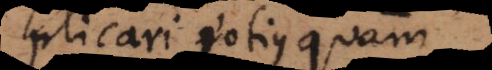
plicari potius quam